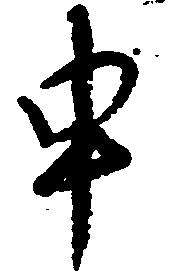
申